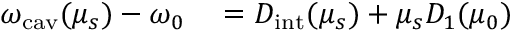
\begin{array} { r l } { \omega _ { \mathrm { c a v } } ( \mu _ { s } ) - \omega _ { 0 } } & { { } = D _ { \mathrm { i n t } } ( \mu _ { s } ) + \mu _ { s } D _ { 1 } ( { \mu } _ { 0 } ) } \end{array}